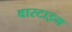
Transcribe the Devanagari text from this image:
वारटाइम